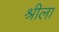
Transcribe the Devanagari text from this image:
श्रीला